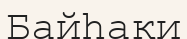
Байһақи